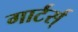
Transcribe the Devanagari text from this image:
गार्टर्स्